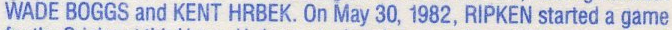
WADE BOGGS and KENT HRBEK. On May 30, 1982, RIPKEN started a game